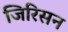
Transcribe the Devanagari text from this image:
जिरिसन